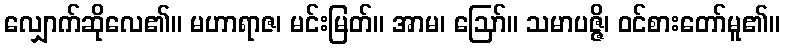
လျှောက်ဆိုလေ၏။ မဟာရာဇ၊ မင်းမြတ်။ အာမ၊ ဩော်။ သမာပဇ္ဇိ၊ ဝင်စားတော်မူ၏။